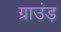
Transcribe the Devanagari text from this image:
ग्राउंड़